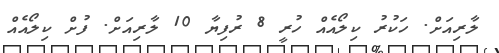
ލާރިއަށް. ހަކުރު ކިލޯއެއް ހުރީ 8 ރުފިޔާ 10 ލާރިއަށް. ފުށް ކިލޯއެއް